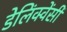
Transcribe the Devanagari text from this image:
डेलिंक्वेंसी